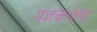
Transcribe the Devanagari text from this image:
यज्ञकथेचा